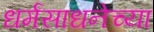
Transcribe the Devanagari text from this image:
धर्मसाधनेच्या